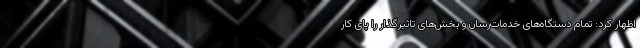
اظهار کرد: تمام دستگاه‌های خدمات‌رسان و بخش‌های تاثیرگذار را پای کار